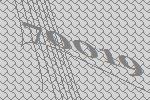
70019